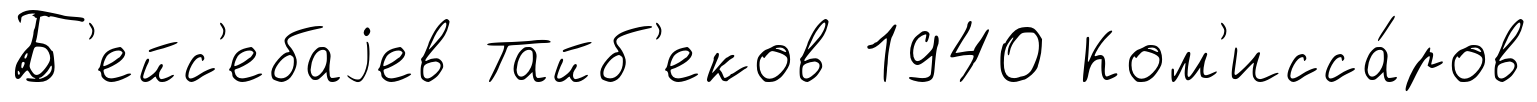
Б'ейс'ебаjев Тайб'еков 1940 Ком'исса́ров